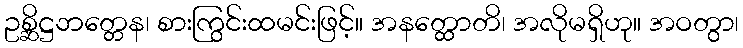
ဥစ္ဆိဋ္ဌဘတ္တေန၊ စားကြွင်းထမင်းဖြင့်။ အနတ္ထောတိ၊ အလိုမရှိဟု။ အဝတွာ၊